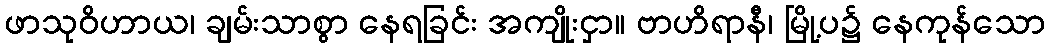
ဖာသုဝိဟာယ၊ ချမ်းသာစွာ နေရခြင်း အကျိုးငှာ။ ဗာဟိရာနီ၊ မြို့ပ၌ နေကုန်သော